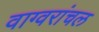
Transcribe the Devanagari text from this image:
वाग्वरांचल